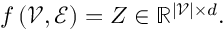
\begin{array} { r } { f \left( \mathcal { V } , \mathcal { E } \right) = Z \in \mathbb { R } ^ { | \mathcal { V } | \times d } . } \end{array}